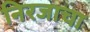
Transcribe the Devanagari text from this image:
निरजाचा